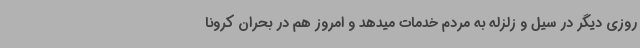
روزی دیگر در سیل و زلزله به مردم خدمات میدهد و امروز هم در بحران کرونا